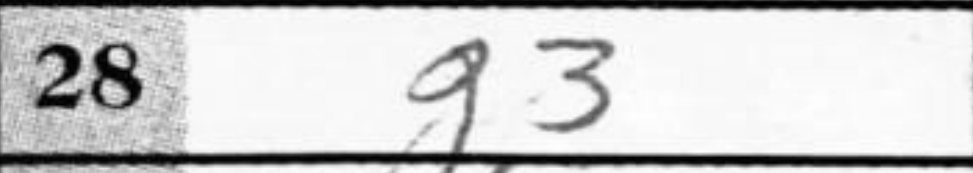
Transcription: g3